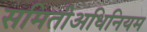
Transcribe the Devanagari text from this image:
समितीअधिनियम